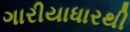
ગારીયાધારથી